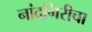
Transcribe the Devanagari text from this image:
नांदगिरीचा